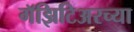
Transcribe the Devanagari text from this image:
गॅझिटिअरच्या